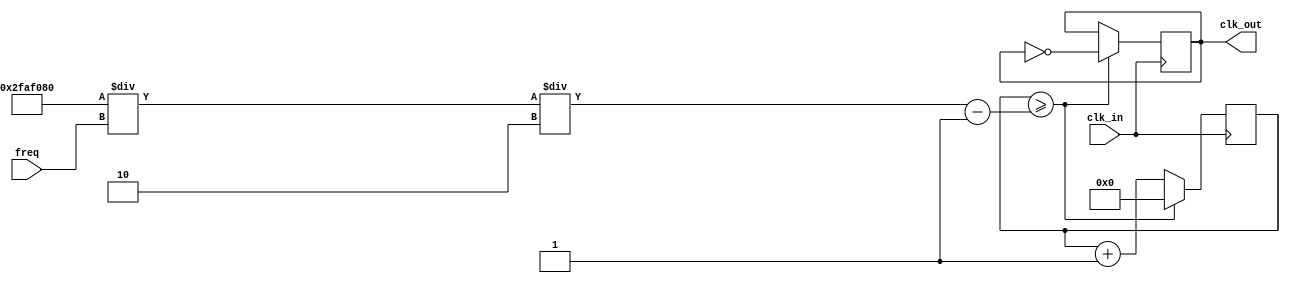
module divclk(input clk_in, input [31:0] freq, output reg clk_out);

    reg[31:0] cnt = 0; // counter          
    // reg clk_out = 0;
    wire [31:0] cnt_max = 50000000 / freq / 2 - 1;
    always@(posedge clk_in)
    begin
        if(cnt >= cnt_max)
        begin
            clk_out = ~clk_out;
            cnt = 0;
        end
        else
        begin
            cnt = cnt + 1;
        end
    end
endmodule